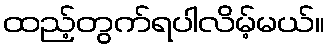
ထည့်တွက်ရပါလိမ့်မယ်။